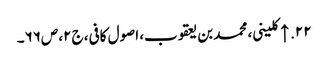
۲۲. ↑ کلینی، محمد بن یعقوب، اصول کافی، ج۲، ص۶۶۔